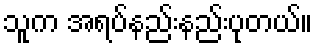
သူက အရပ်နည်းနည်းပုတယ်။